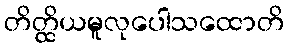
တိတ္ထိယမူလုပေါသထောတိ